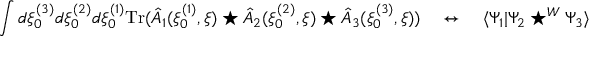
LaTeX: \int d \xi _ { 0 } ^ { ( 3 ) } d \xi _ { 0 } ^ { ( 2 ) } d \xi _ { 0 } ^ { ( 1 ) } \mathrm { T r } ( \hat { A } _ { 1 } ( \xi _ { 0 } ^ { ( 1 ) } , \xi ) \star \hat { A } _ { 2 } ( \xi _ { 0 } ^ { ( 2 ) } , \xi ) \star \hat { A } _ { 3 } ( \xi _ { 0 } ^ { ( 3 ) } , \xi ) ) ~ ~ ~ \leftrightarrow ~ ~ ~ \langle \Psi _ { 1 } | \Psi _ { 2 } \star ^ { W } \Psi _ { 3 } \rangle